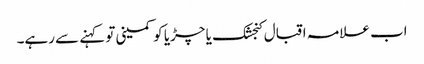
اب علامہ اقبال کنجشک یا چڑیا کو کمینی تو کہنے سے رہے۔